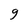
Character: g